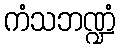
ကံသဘဏ္ဍံ